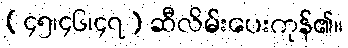
(၄၅၊၄၆၊၄၇) ဆီလိမ်းပေးကုန်၏။